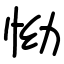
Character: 怮